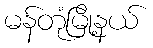
မန်တုံမြို့နယ်